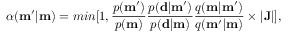
\alpha ( \mathbf { m ^ { \prime } } | \mathbf { m } ) = m i n [ 1 , \frac { p ( \mathbf { m ^ { \prime } } ) } { p ( \mathbf { m } ) } \frac { p ( \mathbf { d } | \mathbf { m ^ { \prime } } ) } { p ( \mathbf { d } | \mathbf { m } ) } \frac { q ( \mathbf { m } | \mathbf { m ^ { \prime } } ) } { q ( \mathbf { m ^ { \prime } } | \mathbf { m } ) } \times | \mathbf { J } | ] ,